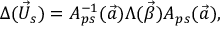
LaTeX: \Delta ( \vec { U } _ { s } ) = A _ { p s } ^ { - 1 } ( \vec { a } ) \Lambda ( \vec { \beta } ) A _ { p s } ( \vec { a } ) ,